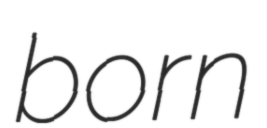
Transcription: born